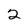
Character: 2